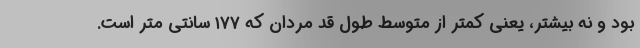
بود و نه بیشتر، یعنی کمتر از متوسط طول قد مردان که ۱۷۷ سانتی متر است.